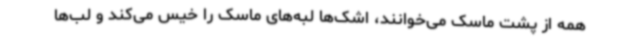
همه از پشت ماسک می‌خوانند، اشک‌ها لبه‌های ماسک را خیس می‌کند و لب‌ها